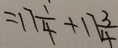
= 1 7 \frac { 1 } { 4 } + 1 7 \frac { 3 } { 4 }